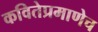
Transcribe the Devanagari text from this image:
कवितेप्रमाणेच